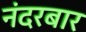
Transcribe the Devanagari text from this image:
नंदरबार